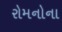
રોમનોના